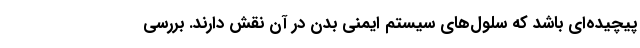
پیچیده‌ای باشد که سلول‌های سیستم ایمنی بدن در آن نقش دارند. بررسی